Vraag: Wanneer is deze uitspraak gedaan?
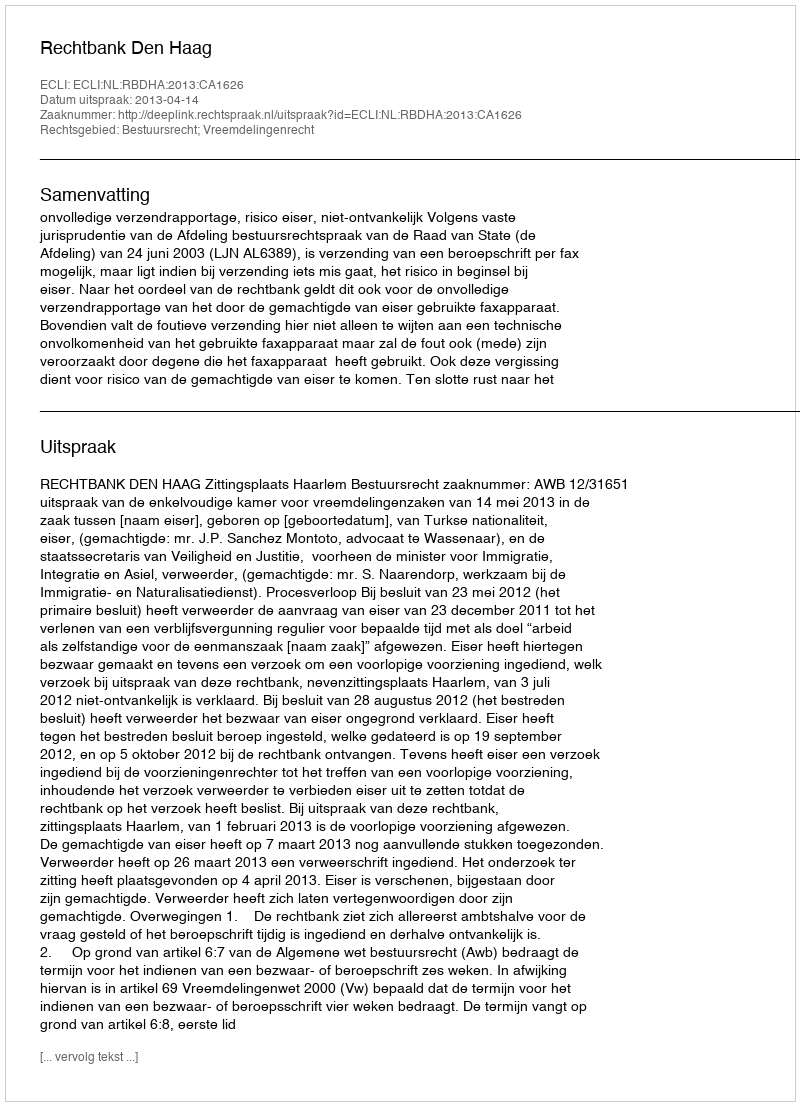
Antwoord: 2013-04-14